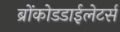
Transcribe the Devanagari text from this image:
ब्रोंकोडडाईलेटर्स